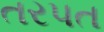
તરપત